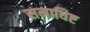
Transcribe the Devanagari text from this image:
समाधिष्ट